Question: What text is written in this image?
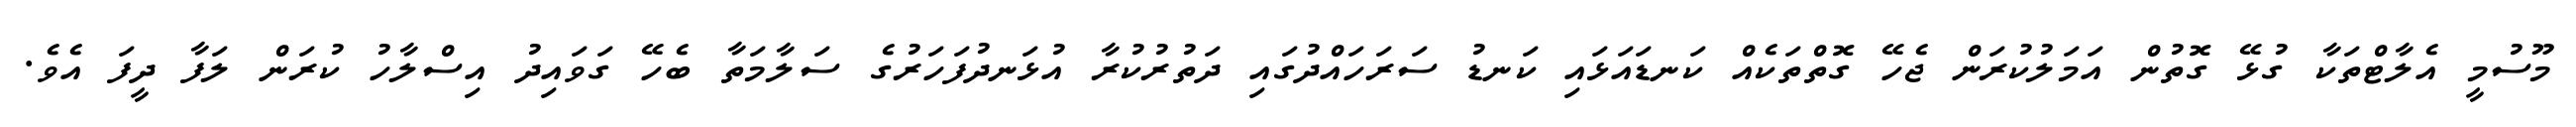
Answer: މޫސުމީ އެލާޓްތަކާ ގުޅޭ ގޮތުން އަމަލުކުރަން ޖެހޭ ގޮތްތަކެއް ކަނޑައަޅައި ކަނޑު ސަރަހައްދުގައި ދަތުރުކުރާ އުޅަނދުފަހަރުގެ ސަލާމަތާ ބެހޭ ގަވައިދު އިސްލާހު ކުރަން ލަފާ ދީފަ އެވެ.